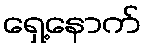
ရှေ့နောက်